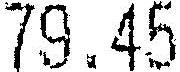
79.45